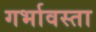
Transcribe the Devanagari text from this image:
गर्भावस्ता